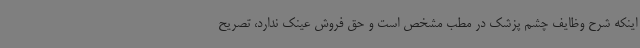
اینکه شرح وظایف چشم پزشک در مطب مشخص است و حق فروش عینک ندارد، تصریح